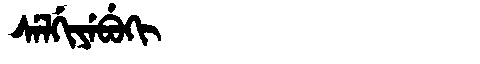
Manchu: ᠰᡝᠯᡤᡳᠶᡝᠪᡠᡴᡳ
Romanization: SELGIYEBUKI